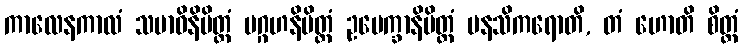
ကာလေနကာလံ သမာဓိနိမိတ္တံ ပဂ္ဂဟနိမိတ္တံ ဥပေက္ခာနိမိတ္တံ မနသိကရောတိ, တံ ဟောတိ စိတ္တံ